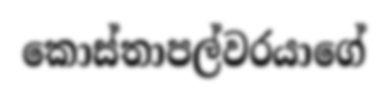
කොස්තාපල්වරයාගේ